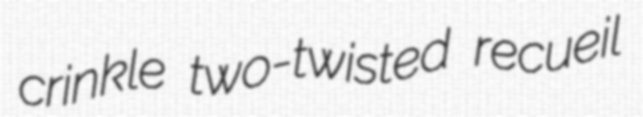
crinkle two-twisted recueil